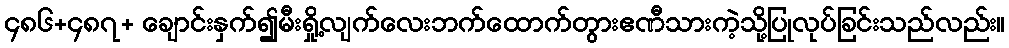
၄၈၆+၄၈၇+ ချောင်းနှက်၍မီးရှို့လျက်လေးဘက်ထောက်တွားဧဏီသားကဲ့သို့ပြုလုပ်ခြင်းသည်လည်း။